Lunatic asylums Central Provinces reports 1874-1885 - 1874-1885
Year: 1874
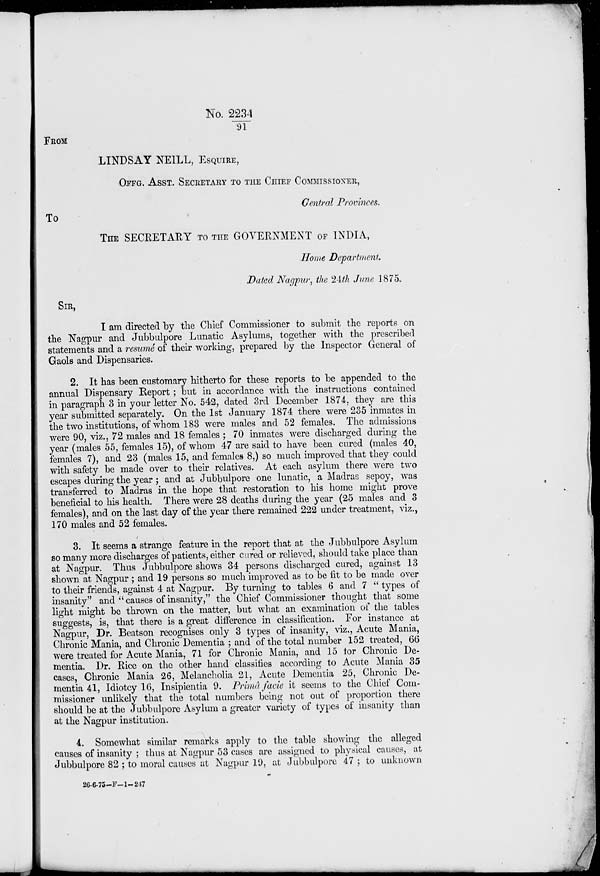
No. 2234/91
FROM
LINDSAY NEILL, ESQUIRE,
OFFG. ASST. SECURETARY TO THE CHIFF COMMISSIONER,
Central Provinces.
TO
THE SECRETARY TO THE GOVERNMENT OF INDIA,
Home Department
Dated Nagpur, the 24th June 1875.
SIR,
I am directed by the Chief Commissioner to submit the reports on
the Nagpur and Jubbulpore Lunatic Asylums, together with the prescribed
statements and a resumé of their working, prepared by the Inspector General of
Gaols and Dispensaries.
2. It has been customary hitherto for these reports to be appended to the
annual Dispensary Report ; but in accordance with the instructions contained
in paragraph 3 in your letter No. 542, dated 3rd December 1874, they are this
year submitted separately. On the 1st January 1874 there were 235 inmates in
the two institutions, of whom 183 were males and 52 females. The admissions
were 90, viz., 72 males and 18 females ; 70 inmates were discharged during the
year (males 55, females 15), of whom 47 are said to have been cured (males 40,
females 7), and 23 (males 15, and females 8,) so much improved that they could
with safety be made over to their relatives. At each asylum there were two
escapes during the year; and at Jubbulpore one lunatic, a Madras sepoy, was
transferred to Madras in the hope that restoration to his home might prove
beneficial to his health. There were 28 deaths during the year (25 males and 3
females), and on the last day of the year there remained 222 under treatment, viz.,
170 males and 52 females.
3. It seems a strange feature in the report that at the Jubbulpore Asylum
so many more discharges of patients, either cured or relieved, should take place than
at Nagpur. Thus Jubbulpore shows 34 persons discharged cured, against 13
shown at Nagpur ; and 19 persons so much improved as to be fit to be made over
to their friends, against 4 at Nagpur. By turning to tables 6 and 7 " types of
insanity" and " causes of insanity," the Chief Commissioner thought that some
light might be thrown on the matter, but what an examination of the tables
suggests, is, that there is a great difference in classification. For instance at
Nagpur, Dr. Beatson recognises only 3 types of insanity, viz., Acute Mania,
Chronic Mania, and Chronic Dementia ; and of the total number 152 treated, 66
were treated for Acute Mania, 71 for Chronic Mania, and 15 for Chronic De-
mentia. Dr. Rice on the other hand classifies according to Acute Mania 35
cases, Chronic Mania 26, Melancholia 21, Acute Dementia 25, Chronic De-
mentia 41, Idiotcy 16, Insipientia 9. Primâ facie it seems to the Chief Com-
missioner unlikely that the total numbers being not out of proportion there
should be at the Jubbulpore Asylum a greater variety of types of insanity than
at the Nagpur institution.
4. Somewhat similar remarks apply to the table showing the alleged
causes of insanity ; thus at Nagpur 53 cases are assigned to physical causes, at
Jubbulpore 82 ; to moral causes at Nagpur 19, at Jubbulpore 47 ; to unknown
26-6-75—F—1—247